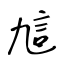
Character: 訄